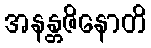
အနန္တဇိနောတိ